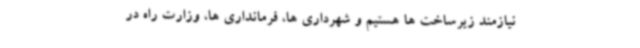
نیازمند زیرساخت ها هستیم و شهرداری ها، فرمانداری ها، وزارت راه در